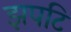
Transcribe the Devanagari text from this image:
झपटि